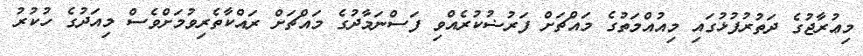
މިޢުރާޖުގެ ދަތުރުފުޅުގައި މިއުއްމަތުގެ މައްޗަށް ފަރުޟުކުރެއްވި ފަސްނަމާދުގެ މައްޗަށް ރައްކާތެރިވުމަށްވެސް މިއަދުގެ ހުކުރު